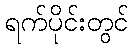
ရက်ပိုင်းတွင်